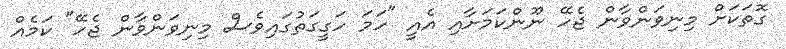
ގޮތަކަށް މިނިވަންވާން ޖެހޭ ނޫންކަމަށާއި އެއީ "ހަމަ ހަގީގަތުގައިވެސް މިނިވަންވާން ޖެހޭ" ކަމެއް